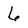
Character: 6